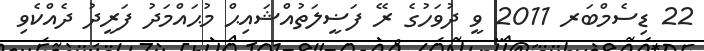
22 ޑިސެމްބަރ 2011 ވީ ދުވަހުގެ ރޭ ފަޟީލަތުއްޝައިޙް މުޙައްމަދު ފަރީދު ދެއްކެވި